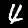
Digit: 4